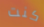
كنت